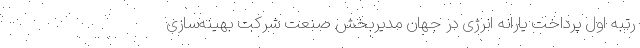
رتبه اول پرداخت یارانه انرژی در جهان مدیربخش صنعت شرکت بهینه‌سازی